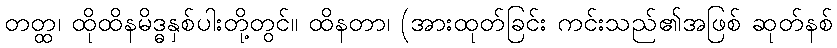
တတ္ထ၊ ထိုထိနမိဒ္ဓနှစ်ပါးတို့တွင်။ ထိနတာ၊ (အားထုတ်ခြင်း ကင်းသည်၏အဖြစ် ဆုတ်နစ်